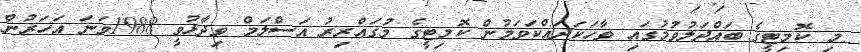
މި ކޮމިޓީގެ ބައްދަލުވުމުގައި ވާހަކަދައްކަވަމުން ކޮމިޓީގެ މުގައްރިރު އަސްލަމް ވިދާޅުވީ 1988ވަނަ އަހަރުން